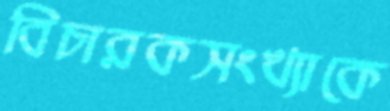
বিচারকসংখ্যাকে